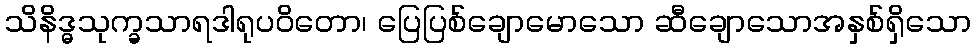
သိနိဒ္ဓသုက္ခသာရဒါရုပဝိတော၊ ပြေပြစ်ချောမောသော ဆီချောသောအနှစ်ရှိသော